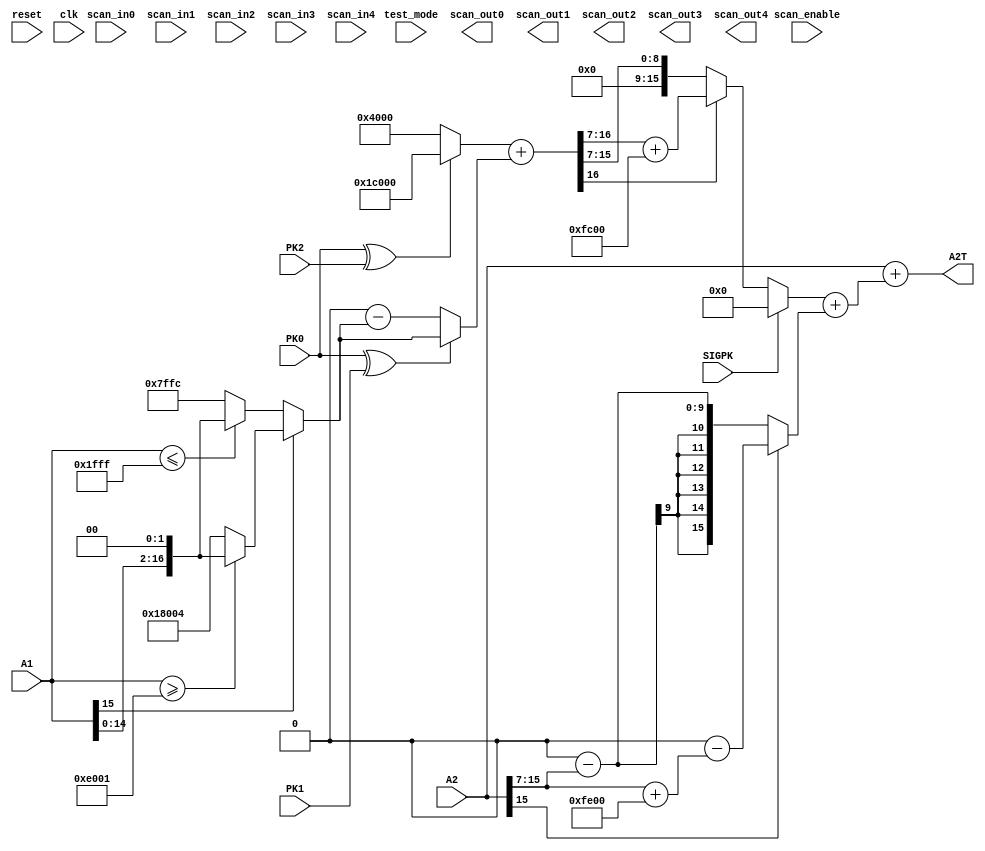
/*

Description :Updates a2 coefficient of the 2nd order predictor

Author : Anurag Reddy Gankat

Revision History :
//----------------------------------------------------------------------------------
2/16/16 - by Anurag Reddy Gankat - Initial creation
2/17/16 - Modified
2/20/16-  by Anurag Reddy Gankat - Replaced shifts with concatenation's
3/30/16 - by Anurag Reddy Gankat - Fixed spacing, used non-blocking statements in the always loop and added comments.
3/31/16 - by Adam Steenkamer - Fixed always loop. A1S needed to be assigned outside
//----------------------------------------------------------------------------------

*/
module UPA2 (
input               reset,          
input               clk,            
input               test_mode,      
input               scan_enable,    
input               scan_in0,      
input               scan_in1,       
input               scan_in2,      
input               scan_in3,      
input               scan_in4,       
output              scan_out0,      
output              scan_out1,      
output              scan_out2,      
output              scan_out3,      
output              scan_out4,      

//IO
input          PK0,            
input          PK1,            
input          PK2,           
input [15:0]   A1,                
input [15:0]   A2,                
input          SIGPK,            
output [15:0]  A2T                
       );
//Internal Signals      
wire        PKS1;
wire        PKS2;
wire [16:0] UGA2A;
wire        A1S;
reg  [16:0] FA1;
wire [16:0] FA;
wire [16:0] UGA2B;
wire        UGA2S;
wire [15:0] UGA2;
wire        A2S;
wire [15:0] ULA2;
wire [15:0] UA2;
wire [15:0] a;
 
//1 bit exclusive or
assign PKS1 = PK0 ^ PK1;

//1 bit exclusive or
assign PKS2 = PK0 ^ PK2; 

assign UGA2A = PKS2 ? 114688 : 16384;


assign A1S = A1[15]; // sign of Aaa1

always @(A1,A1S) begin
	if (!A1S)
		FA1 <= (A1<=8191)?{A1[14:0], 2'b00}:(32764);
	else
		FA1 <= (A1>=57345)? {A1[14:0], 2'b00}: (98308);
end//always block

assign FA= PKS1 ? FA1 : (131072-FA1);

assign UGA2B =(UGA2A+FA);

assign UGA2S =UGA2B[16];

assign a = UGA2S ? {6'b000000, UGA2B[16:7]}+64512 : {6'b000000, UGA2B[16:7]} ;

assign UGA2 = SIGPK ? 0 : a ;         

assign A2S=A2[15];//sign of A2

assign ULA2= A2S ? (65536-({7'b0000000,A2[15:7]}+65024)) : (65536-{7'b0000000,A2[15:7]});

//Final Assignments
assign UA2 =(UGA2+ULA2);

assign A2T = (A2 + UA2);

endmodule // UPA2